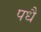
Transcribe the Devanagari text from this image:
पधै